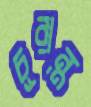
চূরান্ত